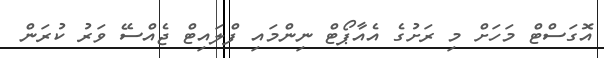
އޮގަސްޓް މަހަށް މި ރަށުގެ އެއާޕޯޓް ނިންމައި ފްލައިޓް ޖެއްސޭ ވަރު ކުރަން